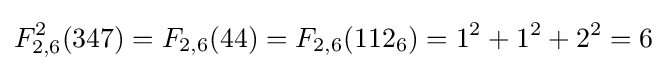
F_{2,6}^{2}(347)=F_{2,6}(44)=F_{2,6}(112_{6})=1^{2}+1^{2}+2^{2}=6